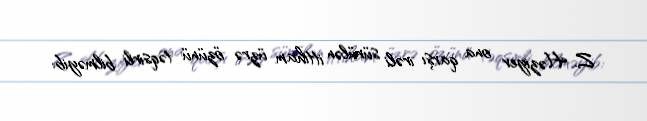
Z. Həziyev ona qarşı irəli sürülən ittiham üzrə özünü təqsirli bilməyib: